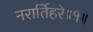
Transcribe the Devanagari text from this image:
नरार्तिहरे॥१॥